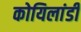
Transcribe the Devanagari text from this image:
कोयिलांडी